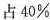
占40%